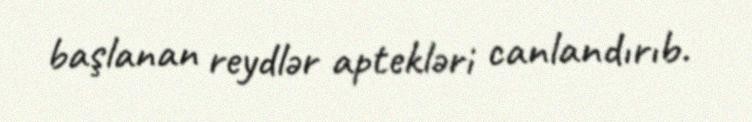
başlanan reydlər aptekləri canlandırıb.